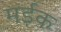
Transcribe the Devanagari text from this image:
मर्ड़क